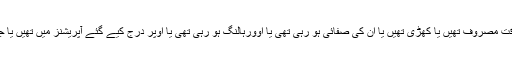
پالیسی کا اطلاق اشیاء پر ان کی پرفارمنس کے ٹیسٹوں کے بعد ہو گا کہ کیا یہ کام کے وقت مصروف تھیں یا کھڑی تھیں یا ان کی صفائی ہو رہی تھی یا اوورہالنگ ہو رہی تھی یا اوپر درج کیے گئے آپریشنز میں تھیں یا جب جگہ سے منتقل ہو رہی تھیں یا وقت کے دورانیے میں دوبارہ دوسرا کام کر رہی تھیں۔